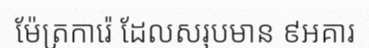
ម៉ែត្រការ៉េ ដែលសរុបមាន ៩អគារ